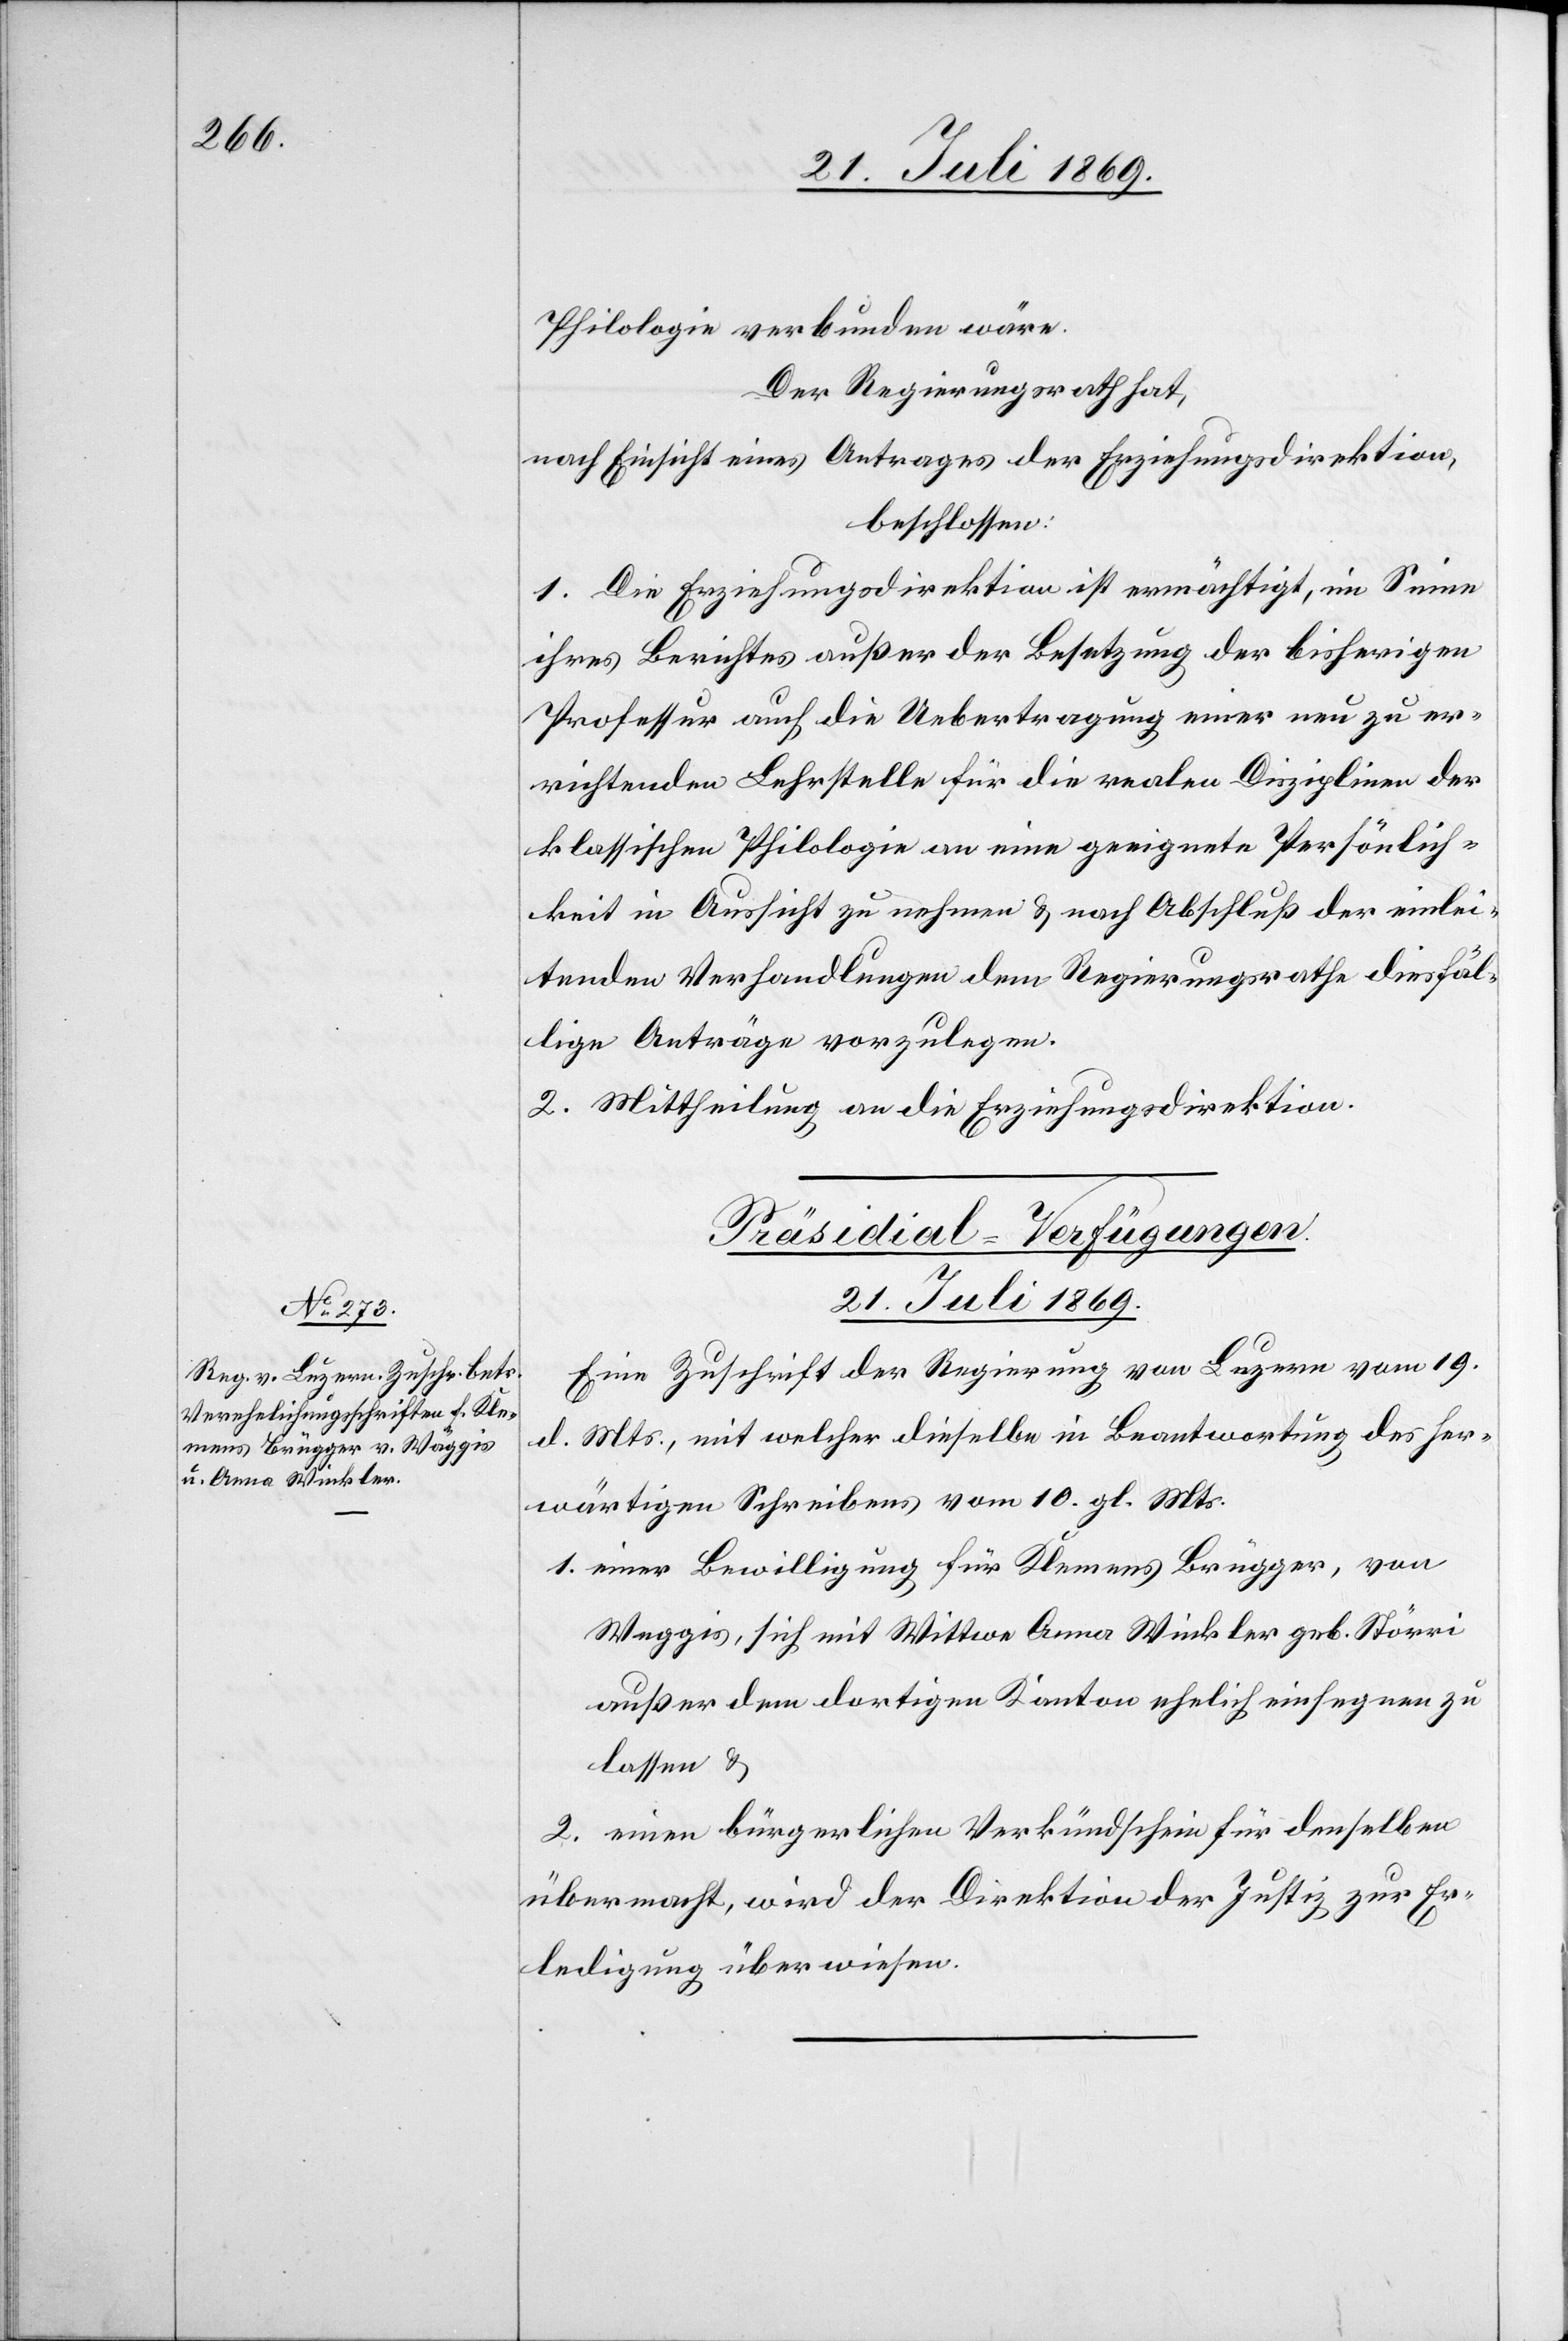
Philologie verbunden wäre.
Der Regierungsrath hat,
nach Einsicht eines Antrages der Erziehungsdirektion,
beschlossen:
1. Die Erziehungsdirektion ist ermächtigt, im Sinne
ihres Berichtes außer der Besetzung der bisherigen
Professur auch die Uebertragung einer neu zu er¬
richtenden Lehrstelle für die realen Disziplinen der
klassischen Philologie an eine geeignete Persönlich¬
keit in Aussicht zu nehmen u. nach Abschluß der einlei¬
tenden Verhandlungen dem Regierungsrathe diesfäl¬
lige Anträge vorzulegen.
2. Mittheilung an die Erziehungsdirektion.
Präsidial-Verfügungen.
21. Juli 1869.
Eine Zuschrift der Regierung von Luzern vom 19.
d. Mts., mit welcher dieselbe in Beantwortung des her¬
wärtigen Schreibens vom 10. gl. Mts.
1. einer Bewilligung für Klemens Brügger, von
[sic!], sich mit Wittwe Anna Winkler geb. Störri
außer dem dortigen Kanton ehelich einsegnen zu
lassen u.
2. einen bürgerlichen Verkündschein für denselben
übermacht, wird der Direktion der Justiz zur Ein¬
ladung überwiesen.